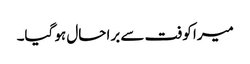
میرا کوفت سے برا حال ہو گیا۔